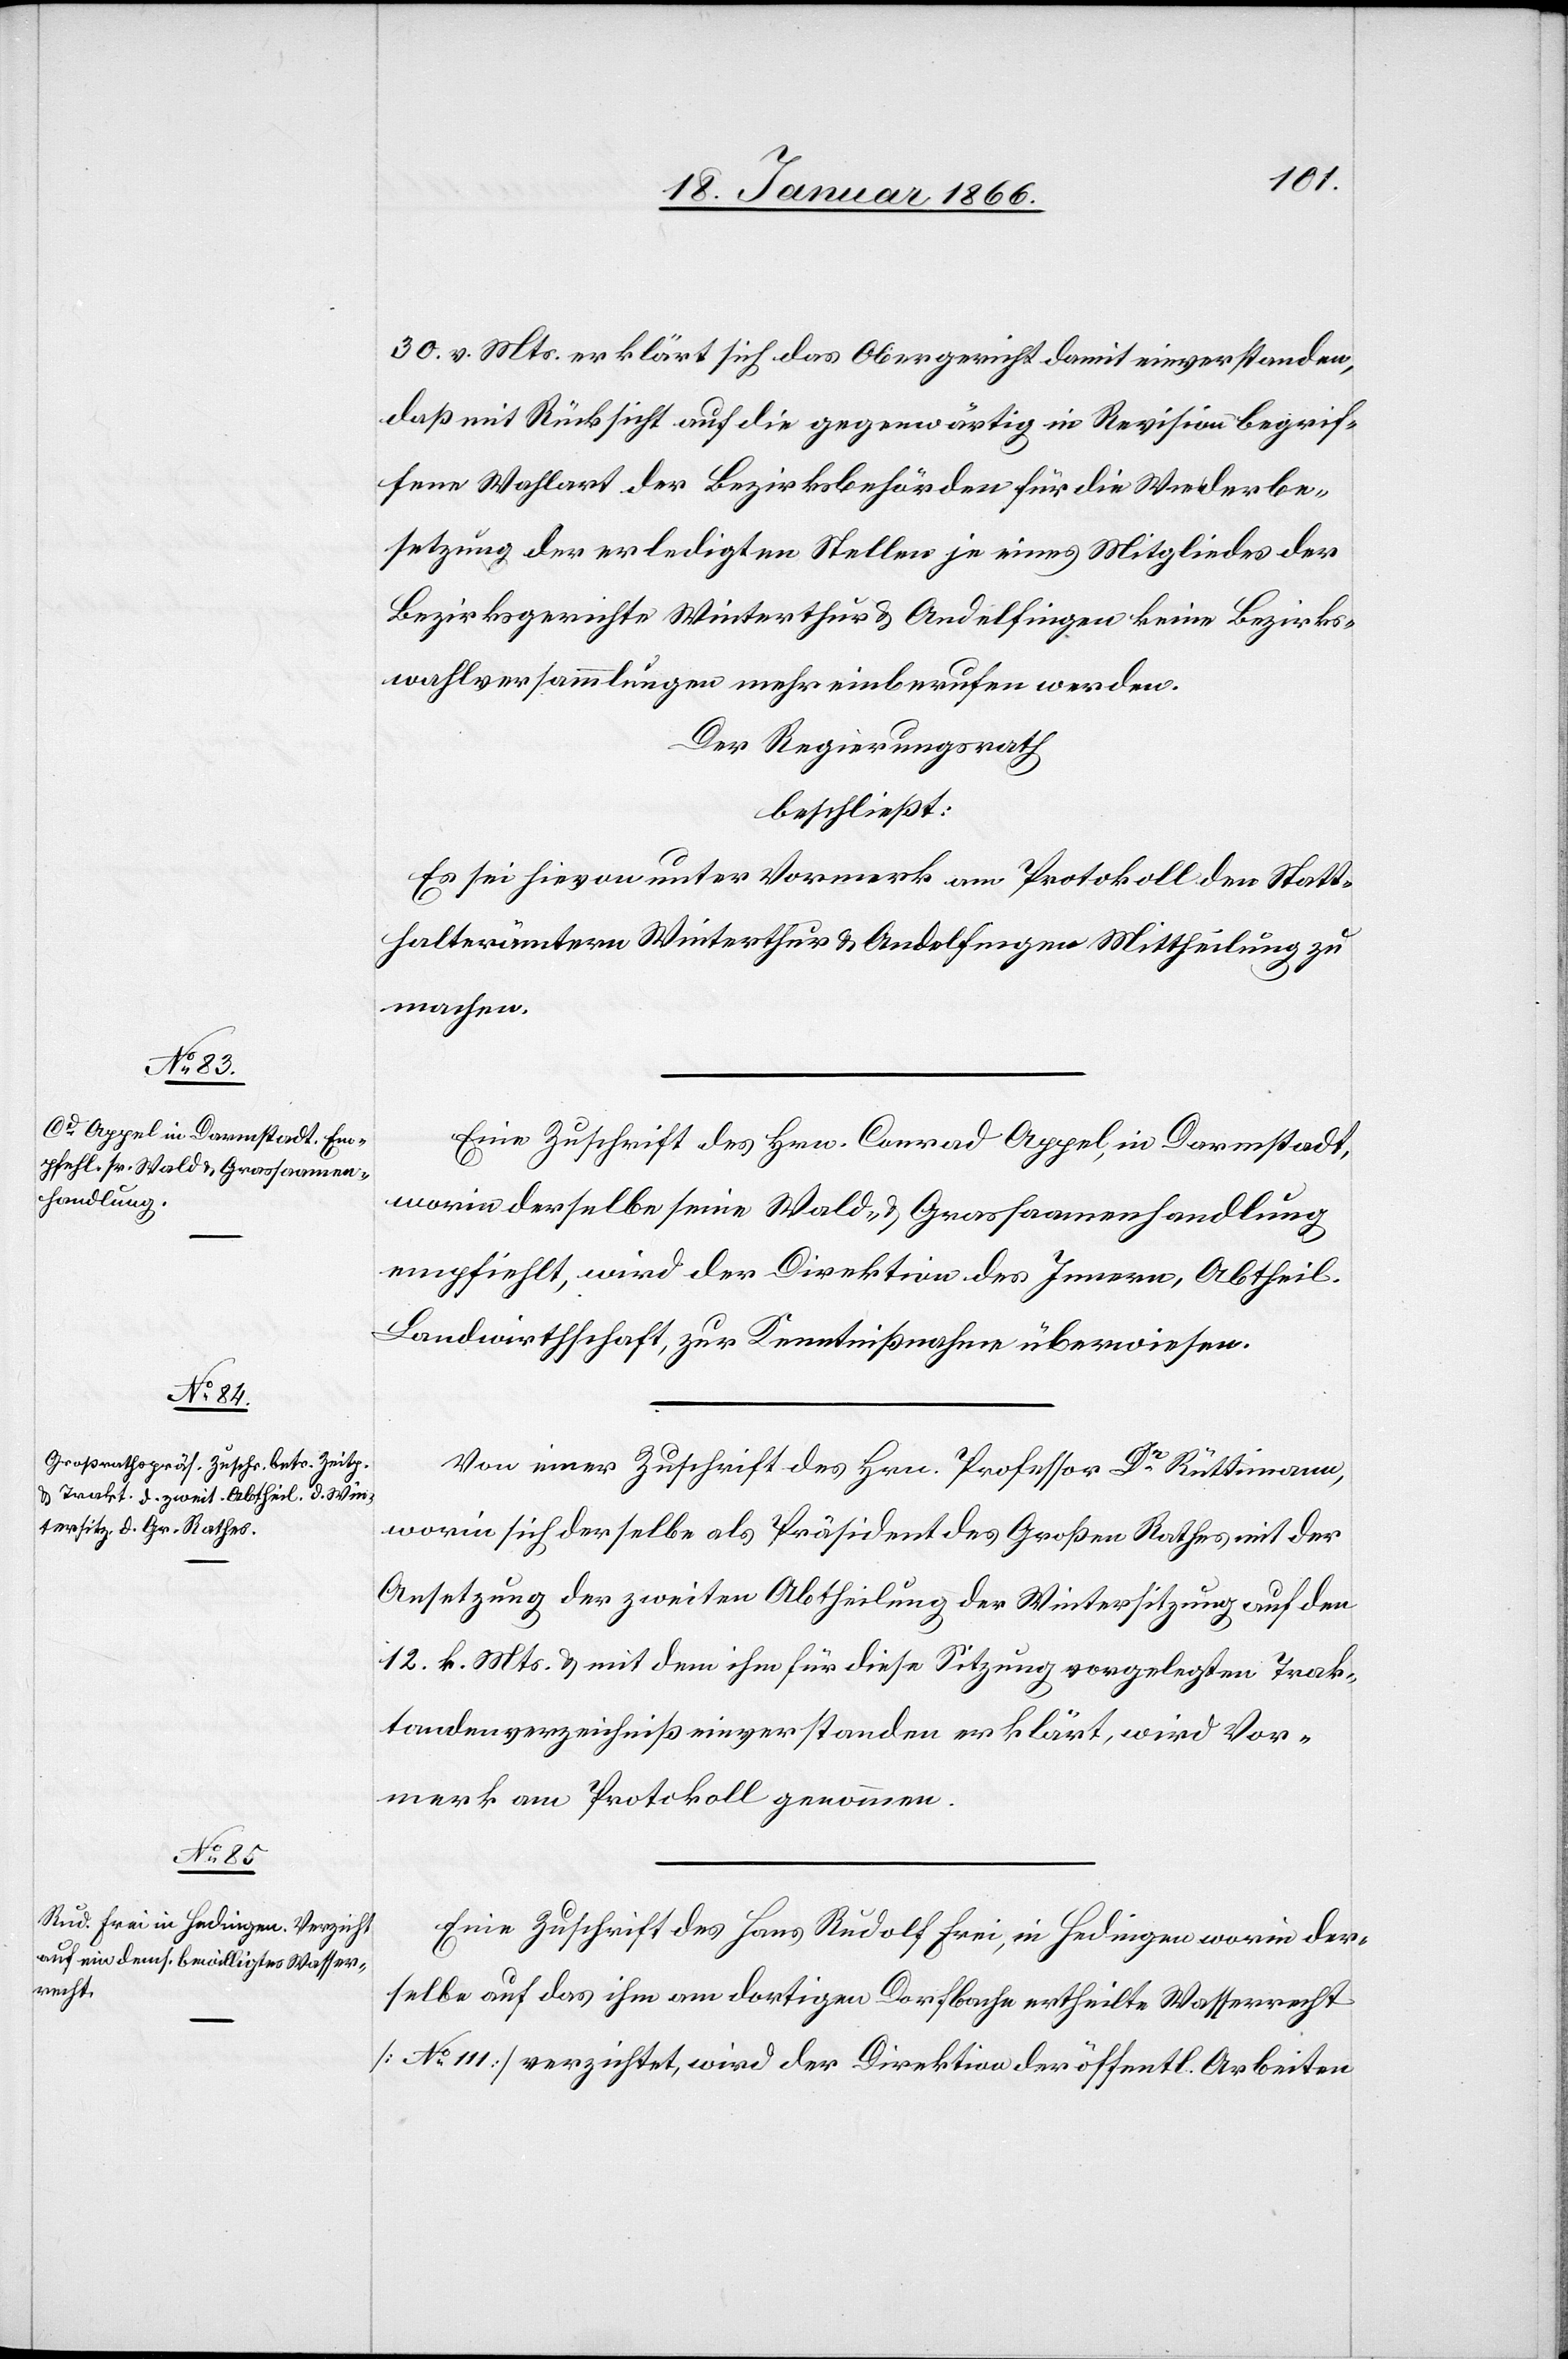
30. v. Mts. erklärt sich das Obergericht damit einverstanden,
daß mit Rücksicht auf die gegenwärtig in Revision begrif¬
fene Wahlart der Bezirksbehörden für die Wiederbe¬
setzung der erledigten Stellen je eines Mitgliedes der
Bezirksgerichte Winterthur u. Andelfingen keine Bezirks¬
wahlversammlungen mehr einberufen werden.
Der Regierungsrath
beschließt:
Es sie hievon unter Vormerk am Protokoll den Statt¬
halterämtern Winterthur u. Andelfingen Mittheilung zu
machen.
Eine Zuschrift des Hrn. Conrad Appel in Darmstadt,
worin derselbe seine Wald- & Grassaamenhandlung
empfiehlt, wird der Direktion des Innern, Abtheil.
Landwirthschaft, zur Kenntnißnahme überwiesen.
Von einer Zuschrift des Hrn. Professor Dr. Rüttimann,
worin sich derselbe als Präsident des Großen Rathes mit der
Ansetzung der zweiten Abtheilung der Wintersitzung auf den
12. k. Mts. u. mit dem ihm für diese Sitzung vorgelegten Trak¬
tandenverzeichniß einverstanden erklärt, wird Vor¬
merk am Protokoll genommen.
Eine Zuschrift des Hand Rudolf Frei, in Hedingen worin der¬
selbe auf das ihm am dortigem Dorfbache ertheilte Wasserrecht
[No. 111] verzichtet, wird der Direktion der öffentl. Arbeiten